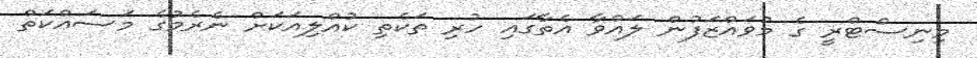
މިނިސްޓްރީ ގެ މުވައްޒަފުން ލައްވާ އެތާގައި ހުރި ތަކެތި ކުއްލިއަކަށް ނެރެމުގެ މަސައްކަތް